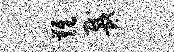
难戴